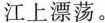
江上漂荡。